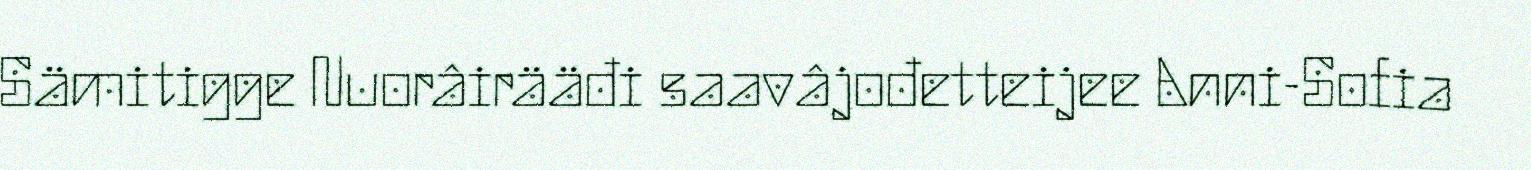
Sämitigge Nuorâirääđi saavâjođetteijee Anni-Sofia